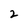
Character: 2